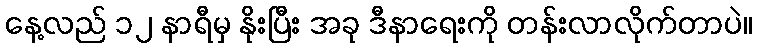
နေ့လည် ၁၂ နာရီမှ နိုးပြီး အခု ဒီနာရေးကို တန်းလာလိုက်တာပဲ။